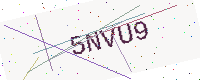
Text: 5NVU9